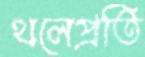
থলেপ্রতি